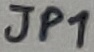
Text: JP1